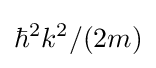
\hbar ^{2}k^{2}/(2m)